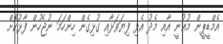
އެމްޑީޕީން މުޣުނީ އާއި މެދު އެޅި ފިޔަވަޅާއި ގުޅިގެން ހިންހަމަ ނުޖެހުން ފާޅުކޮށް